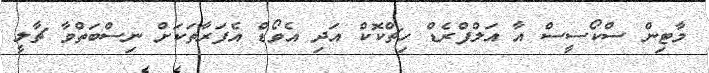
މާޓިން ސްކޯސީސް އާ އަލްފްރެޑް ހިޗްކޮކް އަދި އެވޯޑް އެފަރާތަކަށް ނިސްބަތްވާ ޗާލީ